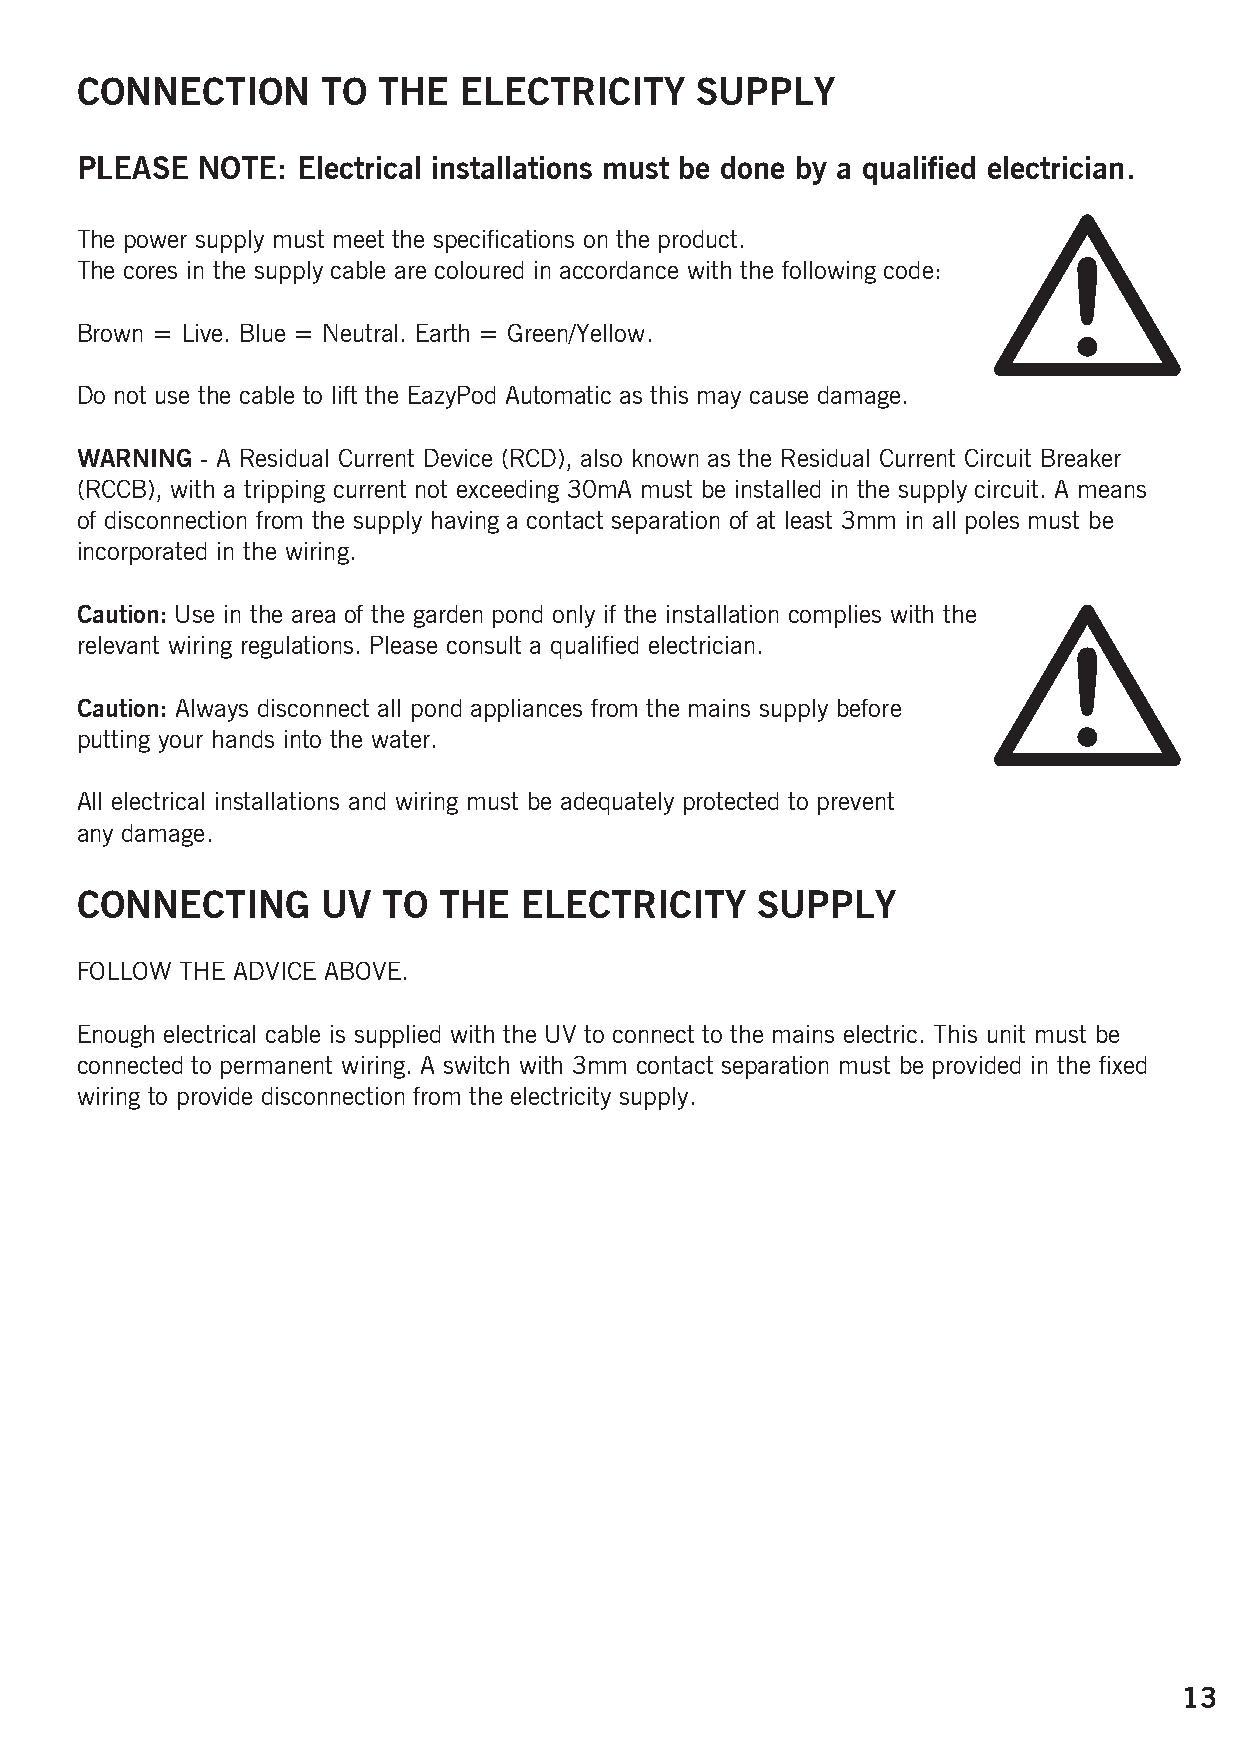
CONNECTION      TO  THE   ELECTRICITY    SUPPLY
 PLEASE  NOTE:  Electrical installations must be done by a qualified electrician.
 The power supply must meet the specifications on the product.
 The cores in the supply cable are coloured in accordance with the following code:
 Brown = Live. Blue = Neutral. Earth = Green/Yellow.
 Do not use the cable to lift the EazyPod Automatic as this may cause damage.
 WARNING - A Residual Current Device (RCD), also known as the Residual Current Circuit Breaker
 (RCCB), with a tripping current not exceeding 30mA must be installed in the supply circuit. A means
 of disconnection from the supply having a contact separation of at least 3mm in all poles must be
 incorporated in the wiring.
 Caution: Use in the area of the garden pond only if the installation complies with the
 relevant wiring regulations. Please consult a qualified electrician.
 Caution: Always disconnect all pond appliances from the mains supply before
 putting your hands into the water.
 All electrical installations and wiring must be adequately protected to prevent
 any damage.
 CONNECTING      UV  TO  THE   ELECTRICITY    SUPPLY
 FOLLOW THE ADVICE ABOVE.
 Enough electrical cable is supplied with the UV to connect to the mains electric. This unit must be
 connected to permanent wiring. A switch with 3mm contact separation must be provided in the fixed
 wiring to provide disconnection from the electricity supply.
 13